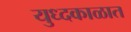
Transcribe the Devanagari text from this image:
युध्दकाळात